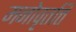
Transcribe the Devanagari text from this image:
मनोवृतत्ति